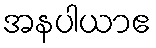
အနပါယာဧ